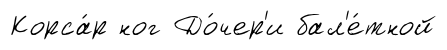
Корса́р ног До́чер'и бал'е́тной